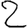
Digit: 2